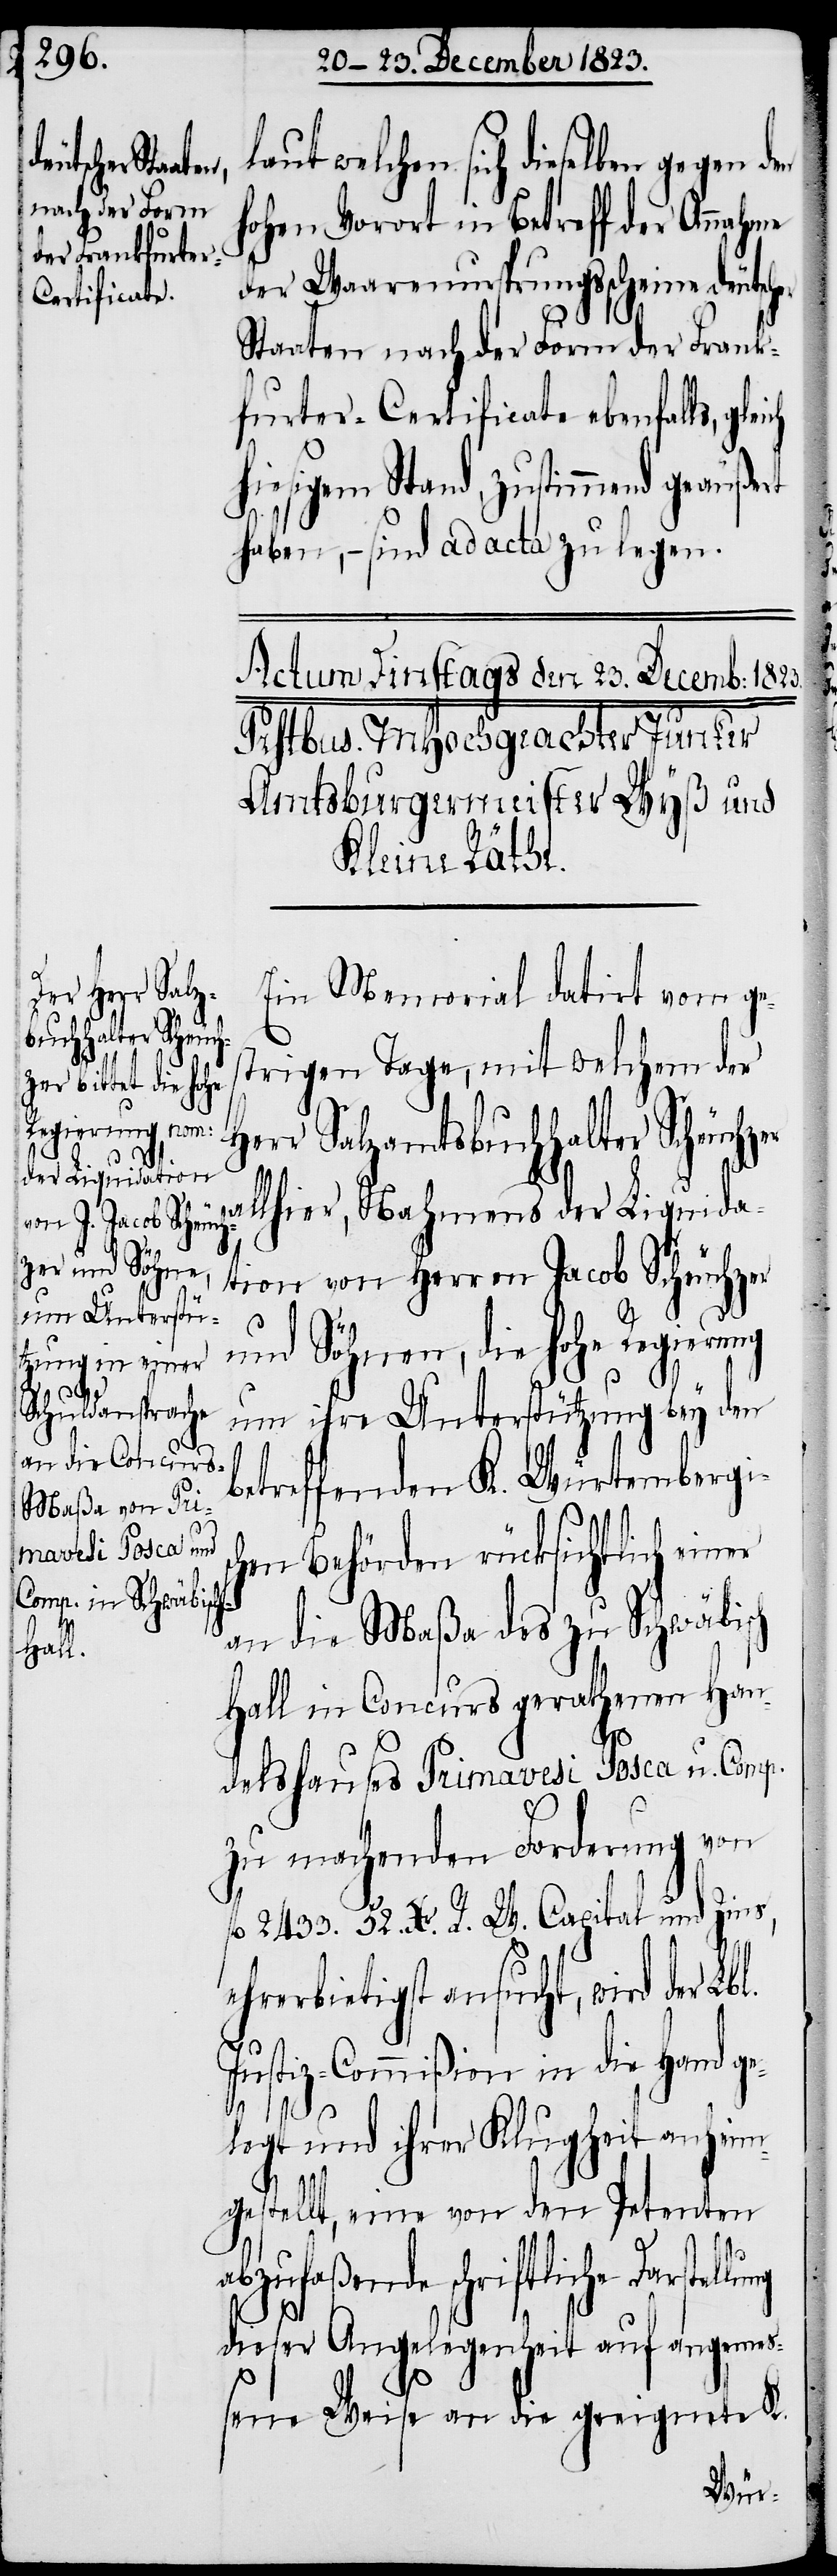
aut welchen sich dieselben gegen
hohen Vorort in Betreff der Annahme
der Waarenursprungsscheine deutsc¬
Staaten nach der Form der Frank¬
furter-Certificate ebenfalls, gl¬
hiesigem Stand, zustimmend geäußert
haben, − sind ad acta zu legen.
Ein Memorial datirt vom ge¬
trigen Tage, mit welchem der
Herr Salzamtsbuchhalter Scheuchz¬
al¬
lhier, Nahmens der Liquida¬
tion von Herren Jacob Scheuchzer
und Söhne, die hohe Regierung
um ihre Unterstützung bey den
betreffenden K. Würtembergis¬
chen Behörden rücksichtlich einer
an die Maßa des zu Schwäbisch
Hall in Concurs gerathenen Han¬
delshauses Primavesi Posca u. Comp.
zu machenden Forderung von
fl 2433. 52. Xr. R. W. Capital und Zins,
ehrerbietigst ansucht, wird der
Justiz-Commißion in die Hand ge¬
legt und ihrer Klugheit anheim¬
gestellt, eine von den Petenten
lung
abzufaßende schriftliche Darstel¬
dieser Angelegenheit auf angemeß¬
ene Weise an die geeignete K.